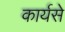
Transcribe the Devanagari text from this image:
कार्यसे